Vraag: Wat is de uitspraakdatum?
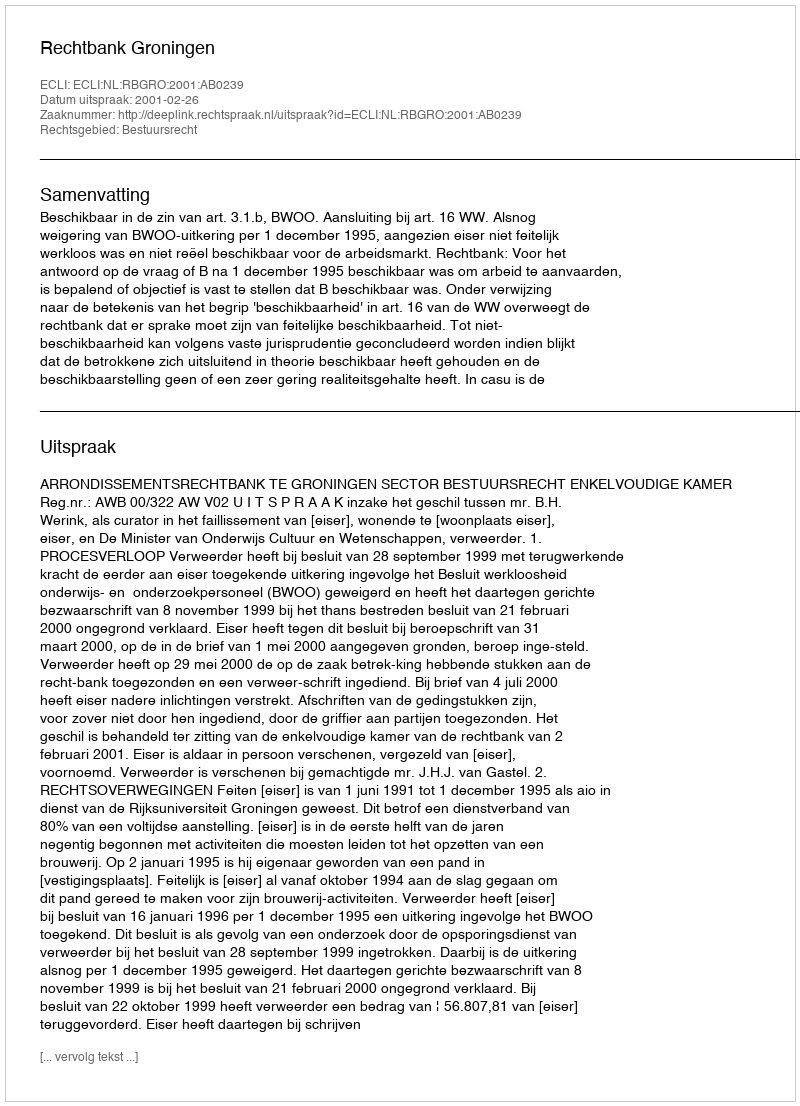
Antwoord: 2001-02-26